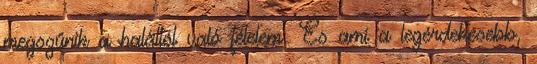
megszűnik a haláltól való félelem. És ami a legérdekesebb,